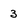
Character: 3